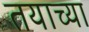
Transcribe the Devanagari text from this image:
तयाच्या